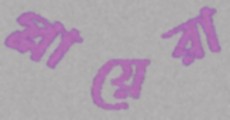
প্লায়েরা